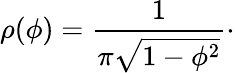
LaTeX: \rho(\phi)={\frac{1}{\pi\sqrt{1-\phi^{2}}}}\cdotp